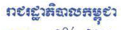
រាជរដ្ឋាភិបាលកម្ពុជា